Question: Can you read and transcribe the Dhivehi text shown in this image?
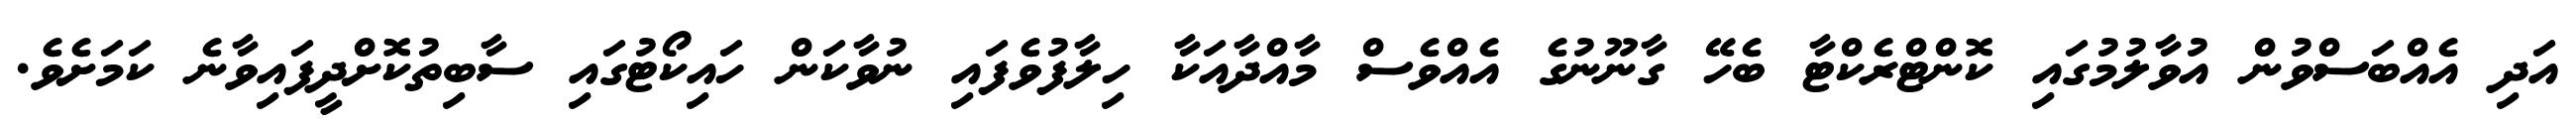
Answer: އަދި އެއްބަސްވުން އުވާލުމުގައި ކޮންޓްރެކްޓާ ބެހޭ ގާނޫނުގެ އެއްވެސް މާއްދާއަކާ ހިލާފުވެފައި ނުވާކަން ހައިކޯޓުގައި ސާބިތުކޮށްދީފައިވާނެ ކަމަށެވެ.